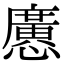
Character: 懬